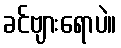
ခင်ဗျားရောပဲ။